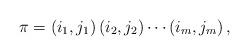
LaTeX: \begin{align*}\pi=\left(i_1,j_1\right)\left(i_2,j_2\right)\cdots\left(i_m,j_m\right),\end{align*}